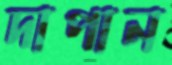
দাপান